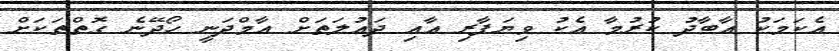
އެކަމަކު އާބާދު ކުރުމާ އެކު ވިޔަފާރި އާއި ދައުލަތަށް އާމްދަނީ ހޯދޭނެ ގޮތްތަކަށް